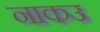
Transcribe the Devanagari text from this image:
नाकउ